Senior Leaving Certificate Examination (including Day School Certificate (Higher) General paper), 1947
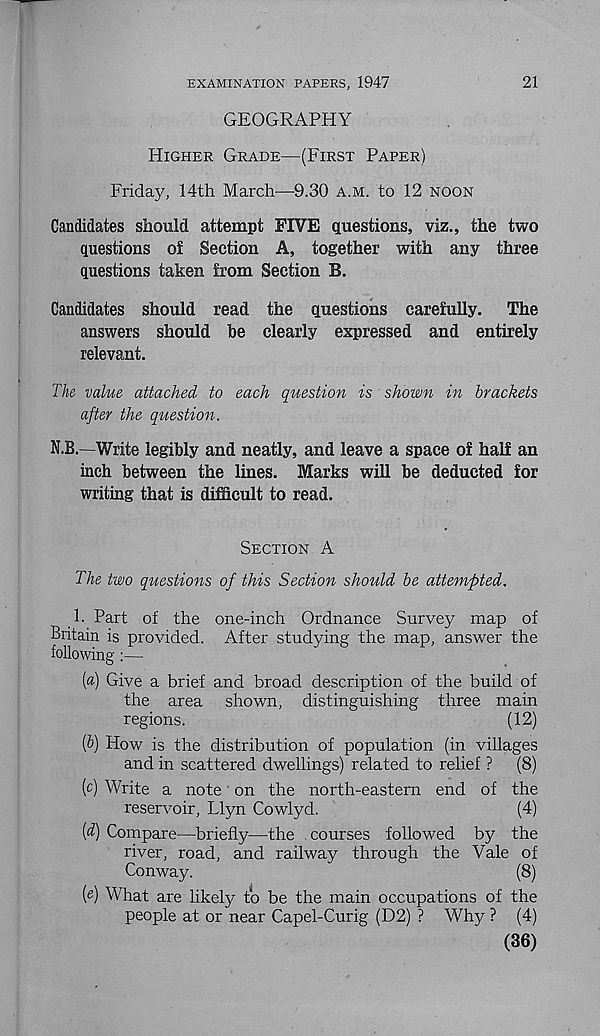
EXAMINATION PAPERS, 1947
21
GEOGRAPHY
Higher Grade—(First Paper)
Friday, 14th March—9.30 a.m. to 12 noon
Candidates should attempt FIVE questions, viz., the two
questions of Section A, together with any three
questions taken from Section B.
Candidates should read the questions carefully.
The
answers should be clearly expressed and entirely
relevant.
The value attached to each question is shown in brackets
after the question.
N.B.—Write legibly and neatly, and leave a space of half an
inch between the lines. Marks will be deducted for
writing that is difficult to read.
Section A
The two questions of this Section should be attempted.
1. Part of the one-inch Ordnance Survey map of
provided. After studying the map, answer the
[a) Give a brief and broad description of the build of
the area shown, distinguishing three main
regions.
(12)
[b) How is the distribution of population (in villages
and in scattered dwellings) related to relief ?
(8)
[c) Write a note on the north-eastern end of the
reservoir, Llyn Cowlyd.
(4)
[d) Compare—briefly—the courses followed by the
river, road, and railway through the Vale of
Conway.
(8)
[e) What are likely to be the main occupations of the
people at or near Capel-Curig (D2) ? Why ? (4)
(36)
-LHicam is
following